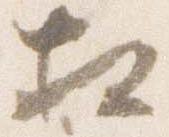
相